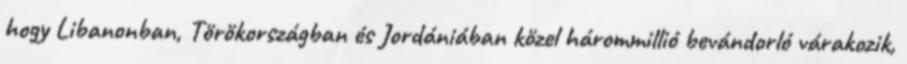
hogy Libanonban, Törökországban és Jordániában közel hárommillió bevándorló várakozik,